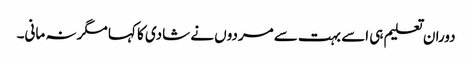
دوران تعلیم ہی اسے بہت سے مردوں نے شادی کا کہا مگر نہ مانی۔